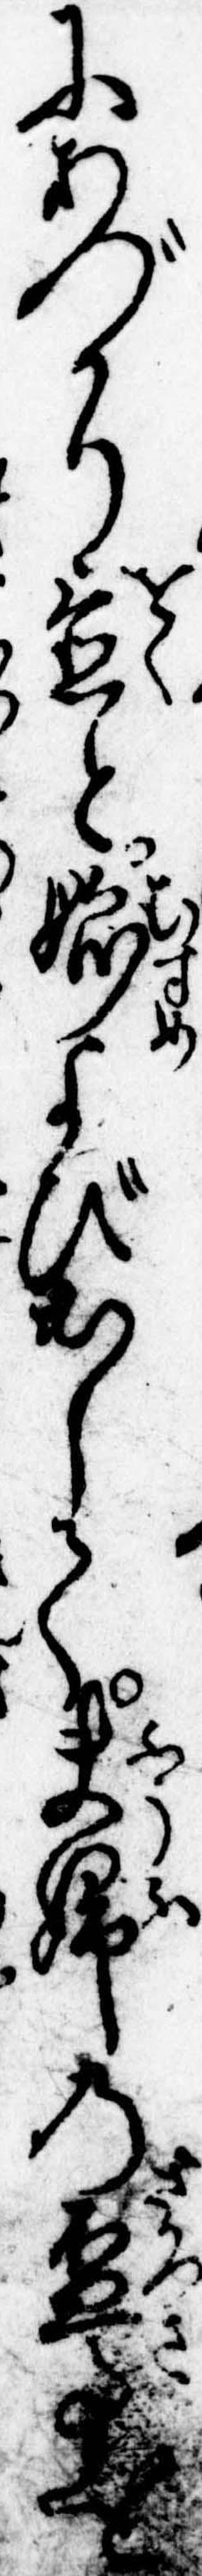
にあづかり置と娘よび出して夫婦の杯事を